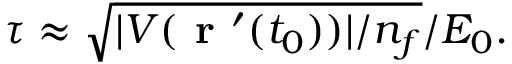
\tau \approx \sqrt { | V ( { \textbf { r } } ^ { \prime } ( t _ { 0 } ) ) | / n _ { f } } / E _ { 0 } .